Civil Veterinary Department. Madras. Admin. report 1926-33 - 1926-1933
Year: 1926
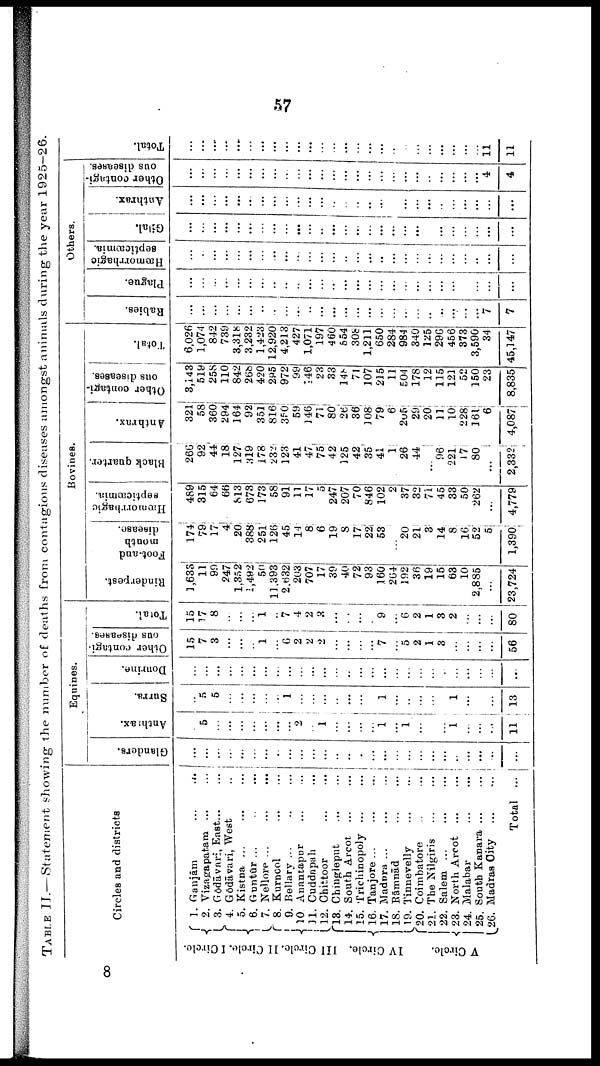
57
TABLE II.—Statement showing the number of deaths from contagious diseases amongst animals during the year 1925—26.
Circles and districts
III
Circle. II Circle. I Circle.
IV Circle.
V Circle.
1.
Ganjām
...
...
2. Vizagapatam ... ...
3. Gōdāvari,
East... ...
4. Gōdāvari, West ...
5. Kistna ... ... ...
6. Guntūr ... ... ...
7. Nellore
...
...
...
8. Kurncol ... ...
9. Bellary
...
...
...
10 Anantapur ... ...
11. Cuddapah ...
12. Chittoor ... ...
13. Chingleput
...
...
14. South Arcot
...
...
15. Trichinopoly ...
...
16. Tanjore
...
...
...
17. Madura
...
...
...
18.
Rāmnād
...
...
19. Tinnevelly
...
...
20. Coimbatore
..
...
21. The Nilgiris
...
...
22.
Salem...
... ...
23. North Arcot
...
...
24. Malabar
...
...
25. South Kanara
...
...
26. Madras
City
...
...
Total ...
Equines.
Glanders.
...
...
...
...
...
...
...
...
...
...
...
...
...
...
...
...
...
...
...
...
...
......
...
...
...
...
...
Anthrax.
...
5
...
...
...
...
...
...
...
2
...
1
...
...
...
...
1
...
1
...
...
...
1
...
...
...
11
Surra.
...
5
5
...
...
...
...
...
1
...
...
...
...
...
...
...
1
...
...
...
...
...
1
...
...
...
13
Dourine.
...
...
...
...
...
...
...
...
...
...
...
...
...
...
...
...
...
...
...
...
...
...
...
...
...
...
...
Other contagi
ous diseases.
15
7
3
...
...
...
1
...
6
2
2
2
...
...
...
...
7
...
5
2
1
3
...
...
...
...
56
Total.
15
17
8
...
...
...
1
...
7
4
2
3
...
...
...
...
9
...
6
2
1
3
2
...
...
...
80
Bovines.
Rinderpest.
1,633
11
9f
247
1,352
1,492
50
11,393
2,632
203
707
17
39
40
72
93
160
264
192
36
19
15
63
10
2,885
...
23,724
Foot-and
month
disease.
174
79
17
4
20
388
251
126
45
14
8
6
19
8
17
22
53
...
20
21
3
14
8
16
52
5
1,390
Hæmorrhagic
septicæmia.
489
315
64
66
813
673
173
58
91
11
17
5
247
207
70
846
102
2
37
32
71
45
33
50
262
...
4,779
Black quarter.
266
92
44
18
127
319
178
232
123
41
47
75
42
125
42
35
41
1
26
44
...
96
221
17
80
...
2,332
Anthrax.
321
58
360
294
164
92
351
816
350
59
146
71
80
26
36
3 08
79
6
205
29
20
11
10
228
161
6
4,087
Other contagi
ous diseases.
3,143
519
258
110
842
26b
420
295
972
99
146
28
33
148
71
107
215
11
504
178
12
115
121
52
150
23
8,835
Total.
6,026
1,074
842
739
3,318
3,232
1,423
12,920
4,213
427
1,071
197
460
554
30b
1,211
650
284
984
340
125
296
456
373
3,590
34
45,147
Others.
Rabies.
...
...
...
...
...
...
...
...
...
...
...
...
...
...
...
...
...
...
...
...
...
...
...
...
...
7
7
Plague.
...
...
...
...
...
...
...
...
...
...
...
...
...
...
...
...
...
...
...
...
...
...
...
...
...
...
...
Hæmorrhagic
septicæmia.
...
...
...
...
...
...
...
...
...
...
...
...
...
...
...
...
...
...
...
...
...
...
...
...
...
...
...
Gilal.
...
...
...
...
...
...
...
...
...
...
...
...
...
...
...
...
...
...
...
...
...
...
...
...
...
...
...
Anthrax.
...
...
...
...
...
...
...
...
...
...
...
...
...
...
...
..
...
...
...
...
...
...
...
...
...
...
...
Other contagi
ous diseases.
...
...
...
...
...
...
...
...
...
...
...
...
...
...
...
...
...
...
...
...
...
...
...
...
...
4
4
Tot al .
...
...
...
...
...
...
...
...
...
...
...
...
...
...
...
...
...
...
...
...
...
...
...
...
...
11
11
8